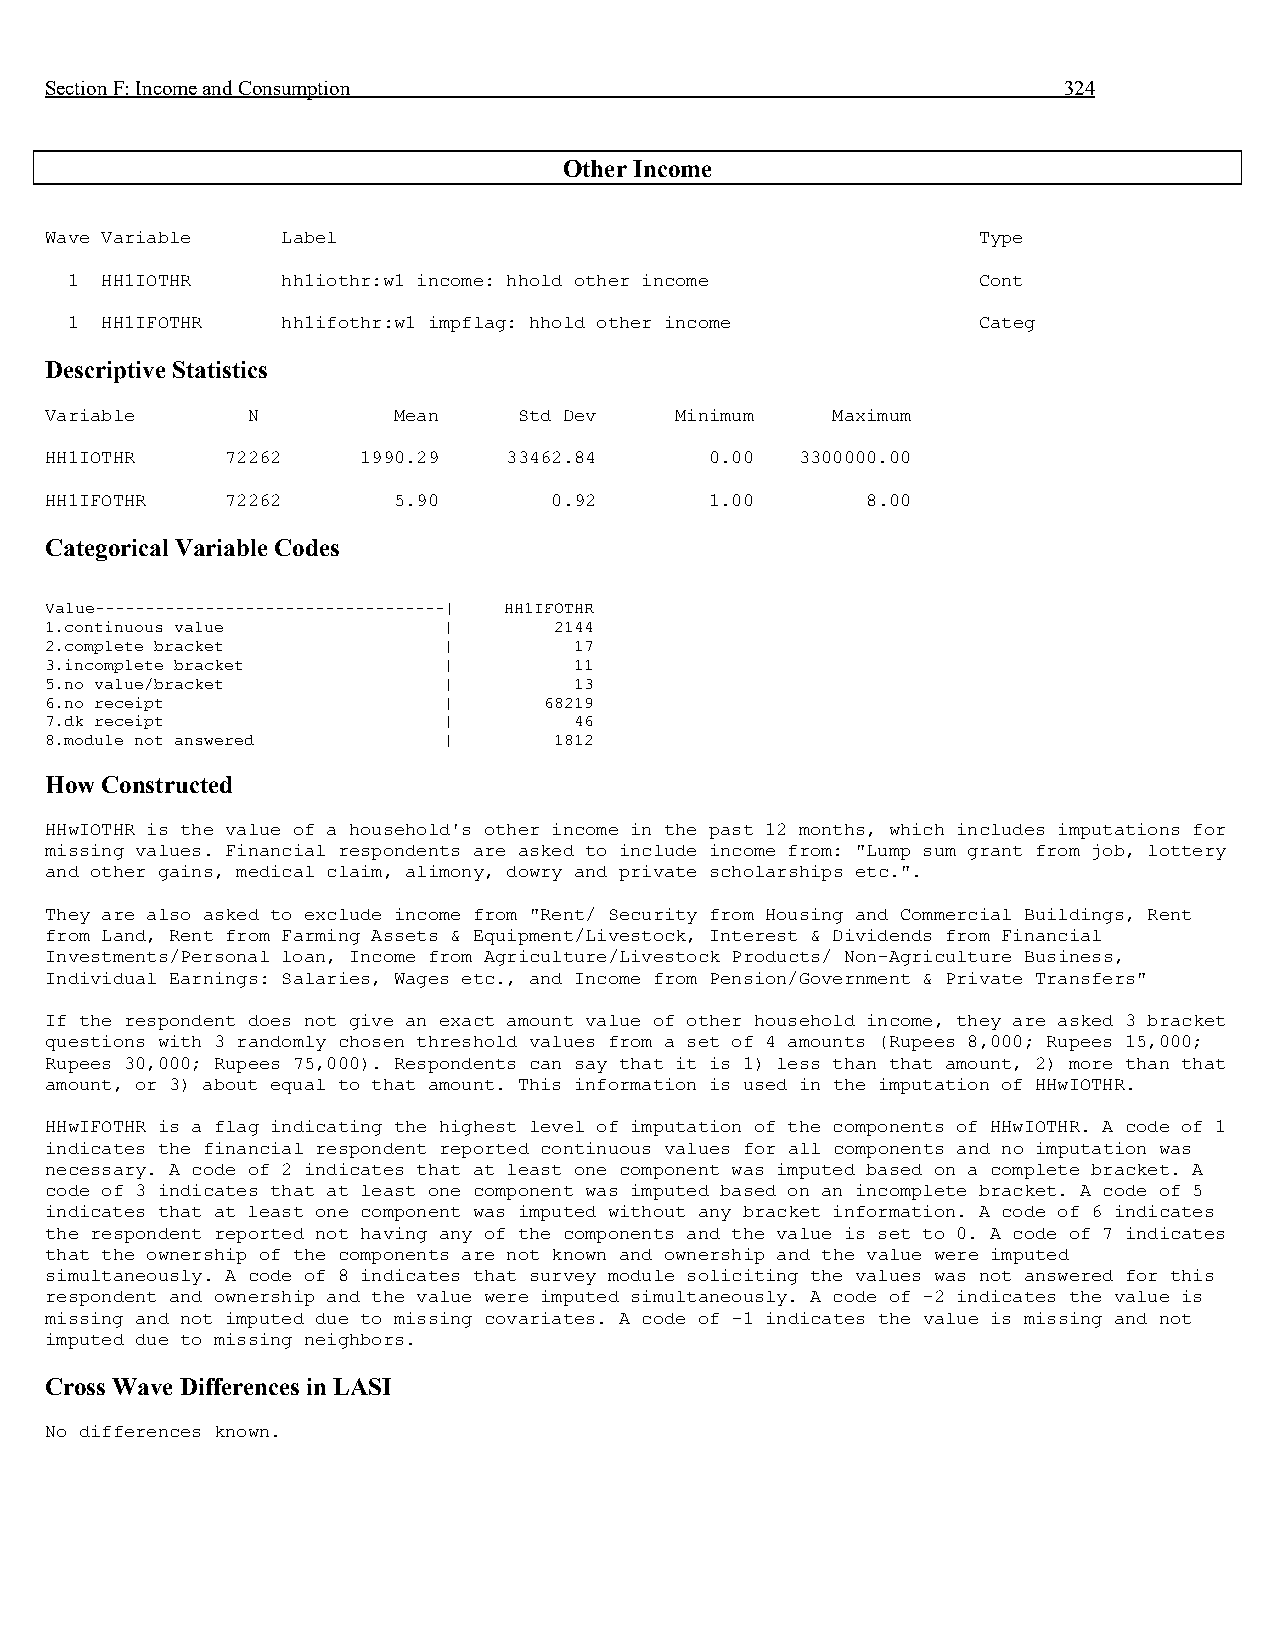
Section F: Income and Consumption                                  324
 Other Income
 Wave Variable   Label                                         Type
 1  HH1IOTHR    hh1iothr:w1 income: hhold other income        Cont
 1  HH1IFOTHR   hh1ifothr:w1 impflag: hhold other income      Categ
 Descriptive Statistics
 Variable     N         Mean    Std Dev    Minimum   Maximum
 HH1IOTHR    72262    1990.29   33462.84     0.00  3300000.00
 HH1IFOTHR   72262      5.90      0.92       1.00      8.00
 Categorical Variable Codes
 Value-----------------------------------| HH1IFOTHR
 1.continuous value        |       2144
 2.complete bracket        |        17
 3.incomplete bracket      |        11
 5.no value/bracket        |        13
 6.no receipt              |      68219
 7.dk receipt              |        46
 8.module not answered     |       1812
 How Constructed
 HHwIOTHR is the value of a household's other income in the past 12 months, which includes imputations for
 missing values. Financial respondents are asked to include income from: "Lump sum grant from job, lottery
 and other gains, medical claim, alimony, dowry and private scholarships etc.".
 They are also asked to exclude income from "Rent/ Security from Housing and Commercial Buildings, Rent
 from Land, Rent from Farming Assets & Equipment/Livestock, Interest & Dividends from Financial
 Investments/Personal loan, Income from Agriculture/Livestock Products/ Non-Agriculture Business,
 Individual Earnings: Salaries, Wages etc., and Income from Pension/Government & Private Transfers"
 If the respondent does not give an exact amount value of other household income, they are asked 3 bracket
 questions with 3 randomly chosen threshold values from a set of 4 amounts (Rupees 8,000; Rupees 15,000;
 Rupees 30,000; Rupees 75,000). Respondents can say that it is 1) less than that amount, 2) more than that
 amount, or 3) about equal to that amount. This information is used in the imputation of HHwIOTHR.
 HHwIFOTHR is a flag indicating the highest level of imputation of the components of HHwIOTHR. A code of 1
 indicates the financial respondent reported continuous values for all components and no imputation was
 necessary. A code of 2 indicates that at least one component was imputed based on a complete bracket. A
 code of 3 indicates that at least one component was imputed based on an incomplete bracket. A code of 5
 indicates that at least one component was imputed without any bracket information. A code of 6 indicates
 the respondent reported not having any of the components and the value is set to 0. A code of 7 indicates
 that the ownership of the components are not known and ownership and the value were imputed
 simultaneously. A code of 8 indicates that survey module soliciting the values was not answered for this
 respondent and ownership and the value were imputed simultaneously. A code of -2 indicates the value is
 missing and not imputed due to missing covariates. A code of -1 indicates the value is missing and not
 imputed due to missing neighbors.
 Cross Wave Differences in LASI
 No differences known.